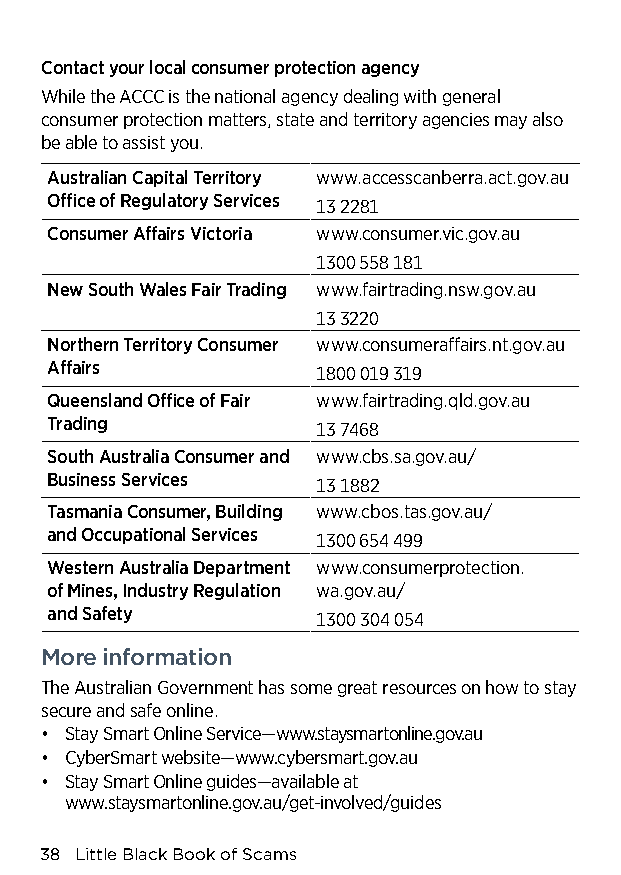
Contact your local consumer protection agency
 While the ACCC is the national agency dealing with general
 consumer protection matters, state and territory agencies may also
 be able to assist you.
 Australian Capital Territory www.accesscanberra.act.gov.au
 Office of Regulatory Services 13 2281
 Consumer Affairs Victoria www.consumer.vic.gov.au
 1300 558 181
 New South Wales Fair Trading www.fairtrading.nsw.gov.au
 13 3220
 Northern Territory Consumer www.consumeraffairs.nt.gov.au
 Affairs           1800 019 319
 Queensland Office of Fair www.fairtrading.qld.gov.au
 Trading           13 7468
 South Australia Consumer and www.cbs.sa.gov.au/
 Business Services 13 1882
 Tasmania Consumer, Building www.cbos.tas.gov.au/
 and Occupational Services 1300 654 499
 Western Australia Department www.consumerprotection.
 of Mines, Industry Regulation wa.gov.au/
 and Safety        1300 304 054
 More information
 The Australian Government has some great resources on how to stay
 secure and safe online.
 • Stay Smart Online Service—www.staysmartonline.gov.au
 • CyberSmart website—www.cybersmart.gov.au
 • Stay Smart Online guides—available at
 www.staysmartonline.gov.au/get-involved/guides
 38 Little Black Book of Scams